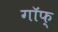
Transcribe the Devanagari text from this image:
गॉफ्